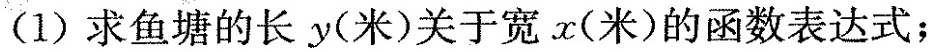
(1)求鱼塘的长y(米)关于宽x(米)的函数表达式；